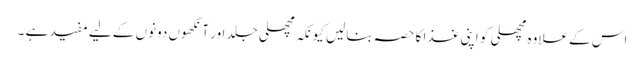
اس کے علاوہ مچھلی کو اپنی غذا کا حصہ بنالیں کیونکہ مچھلی جلد اور آنکھوں دونوں کے لیے مفید ہے ۔